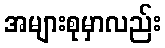
အများစုမှာလည်း